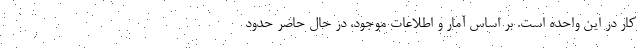
کار در این واحده است. بر اساس آمار و اطلاعات موجود، در حال حاضر حدود